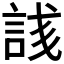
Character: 𬢥